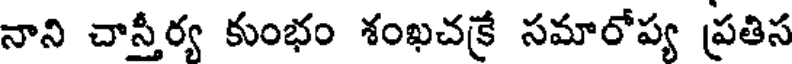
నాని చాస్తీర్య కుంభం శంఖచక్రే సమారోప్య ప్రతిస